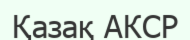
Қазақ АКСР